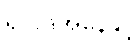
ရလဒ်အနေနှင့်